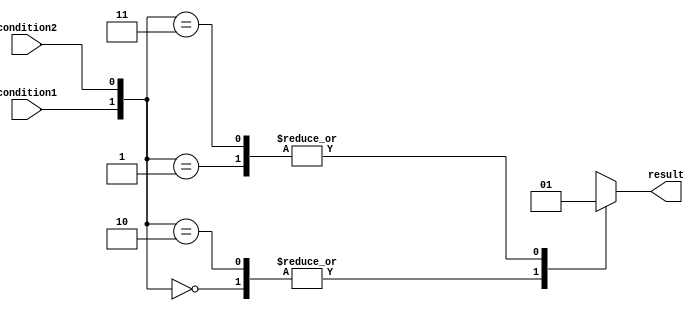
module X_based_case_statement(
    input wire condition1,
    input wire condition2,
    output reg result
);

always @* begin
    case({condition1, condition2})
        2'b00: result = 2'b00; // Condition 1 and 2 are false
        2'b01: result = 2'b01; // Condition 1 is true, Condition 2 is false
        2'b10: result = 2'b10; // Condition 1 is false, Condition 2 is true
        2'b11: result = 2'b11; // Condition 1 and 2 are true
        default: result = 2'b00; // Default case
    endcase
end

endmodule